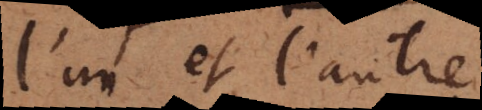
l’un et l’autre.